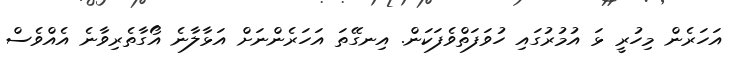
އަހަރެން މިހުރީ ޅަ އުމުރުގައި ހުވަފަތްވެފަކަން. އިނގޭތަ އަހަރެންނަށް އަޅާލާނެ އޯގާތެރިވާނެ އެއްވެސް